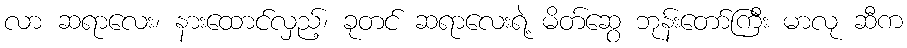
လာ ဆရာလေး၊ နားထောင်လှည့်၊ ခုတင် ဆရာလေးရဲ့ မိတ်ဆွေ ဘုန်းတော်ကြီး မာလု ဆီက